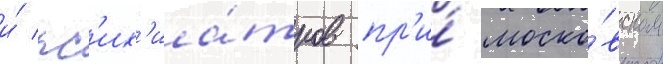
и́ пс'их'иа́тров пр'и́ моско́вском